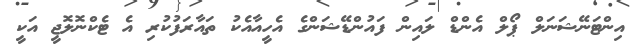
އިންޓަނޭޝަނަލް ޕޯލް އެންޑް ލައިން ފައުންޑޭޝަންގެ އެހީއާއެކު ތައާރަފުކުރި އެ ޓެކްނޮލޮޖީ އަކީ